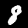
Label: 8